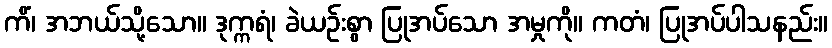
ကိံ၊ အဘယ်သို့သော။ ဒုက္ကရံ၊ ခဲယဉ်းစွာ ပြုအပ်သော အမှုကို။ ကတံ၊ ပြုအပ်ပါသနည်း။